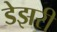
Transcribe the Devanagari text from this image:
डेझरी